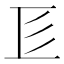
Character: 𢒅